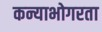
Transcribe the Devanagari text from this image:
कन्याभोगरता